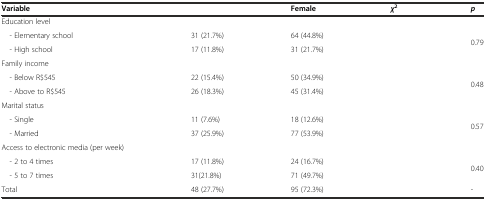
<table><thead><tr><td><b>Variable</b></td><td>[EMPTY_CELL]</td><td><b>Female</b></td><td><b><i>χ</i><sup>2</sup></b></td><td><b><i>p</i></b></td></tr></thead><tbody><tr><td>Education level</td><td>[EMPTY_CELL]</td><td>[EMPTY_CELL]</td><td>[EMPTY_CELL]</td><td>[EMPTY_CELL]</td></tr><tr><td> - Elementary school</td><td>31 (21.7%)</td><td>64 (44.8%)</td><td rowspan="2">[EMPTY_CELL]</td><td rowspan="2">0.79</td></tr><tr><td> - High school</td><td>17 (11.8%)</td><td>31 (21.7%)</td></tr><tr><td>Family income</td><td>[EMPTY_CELL]</td><td>[EMPTY_CELL]</td><td>[EMPTY_CELL]</td><td>[EMPTY_CELL]</td></tr><tr><td> - Below R$545</td><td>22 (15.4%)</td><td>50 (34.9%)</td><td rowspan="2">[EMPTY_CELL]</td><td rowspan="2">0.48</td></tr><tr><td> - Above to R$545</td><td>26 (18.3%)</td><td>45 (31.4%)</td></tr><tr><td>Marital status</td><td>[EMPTY_CELL]</td><td>[EMPTY_CELL]</td><td>[EMPTY_CELL]</td><td>[EMPTY_CELL]</td></tr><tr><td> - Single</td><td>11 (7.6%)</td><td>18 (12.6%)</td><td rowspan="2">[EMPTY_CELL]</td><td rowspan="2">0.57</td></tr><tr><td> - Married</td><td>37 (25.9%)</td><td>77 (53.9%)</td></tr><tr><td>Access to electronic media (per week)</td><td>[EMPTY_CELL]</td><td>[EMPTY_CELL]</td><td>[EMPTY_CELL]</td><td>[EMPTY_CELL]</td></tr><tr><td> - 2 to 4 times</td><td>17 (11.8%)</td><td>24 (16.7%)</td><td rowspan="2">[EMPTY_CELL]</td><td rowspan="2">0.40</td></tr><tr><td> - 5 to 7 times</td><td>31(21.8%)</td><td>71 (49.7%)</td></tr><tr><td>Total</td><td>48 (27.7%)</td><td>95 (72.3%)</td><td>[EMPTY_CELL]</td><td>-</td></tr></tbody></table>